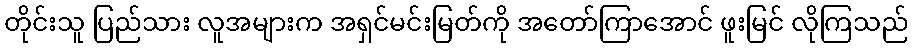
တိုင်းသူ ပြည်သား လူအများက အရှင်မင်းမြတ်ကို အတော်ကြာအောင် ဖူးမြင် လိုကြသည်